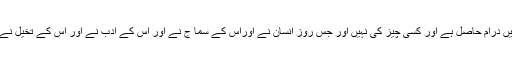
حقیقت یہ ہے کہ صرف انقلاب کو اور تغیر کو اس دنیا میں درام حاصل ہے اور کسی چیز کی نہیں اور جس روز انسان نے اوراس کے سما ج نے اور اس کے ادب نے اور اس کے تخیل نے اس تغیر، اس انقلاب کا ساتھ نہ دیا وہ بھی مٹ جائے گا۔